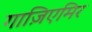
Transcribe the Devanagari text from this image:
गाज़िएमिर